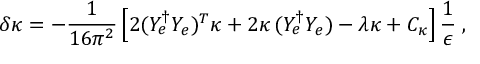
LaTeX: \delta \kappa = - \frac { 1 } { 1 6 \pi ^ { 2 } } \left[ 2 ( Y _ { e } ^ { \dagger } Y _ { e } ) ^ { T } \kappa + 2 \kappa \, ( Y _ { e } ^ { \dagger } Y _ { e } ) - \lambda \kappa + C _ { \kappa } \right] \frac { 1 } { \epsilon } \; ,